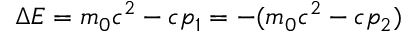
\Delta E = m _ { 0 } c ^ { 2 } - c p _ { 1 } = - ( m _ { 0 } c ^ { 2 } - c p _ { 2 } )